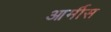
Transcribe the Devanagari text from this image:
आर्मीस